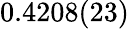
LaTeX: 0.4208(23)